Scottish Leaving Certificate Examination, 1955
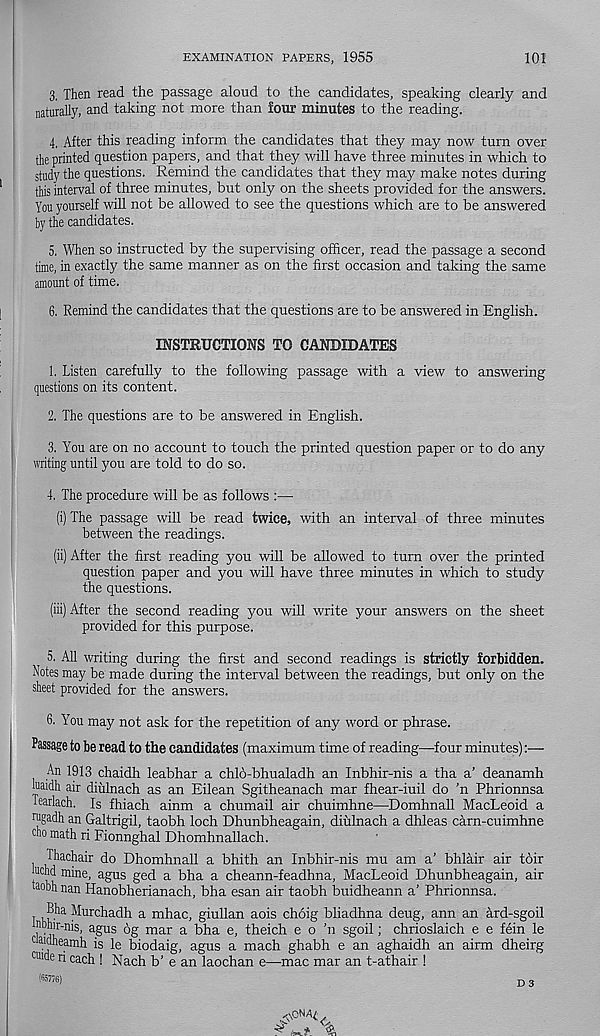
EXAMINATION PAPERS, 1955
101
3. Then read the passage aloud to the candidates, speaking clearly and
naturally, and taking not more than four minutes to the reading.
4. After this reading inform the candidates that they may now turn over
the printed question papers, and that they will have three minutes in which to
study the questions. Remind the candidates that they may make notes during
this interval of three minutes, but only on the sheets provided for the answers.
You yourself will not be allowed to see the questions which are to be answered
by the candidates.
5. When so instructed by the supervising officer, read the passage a second
time, in exactly the same manner as on the first occasion and taking the same
amount of time.
6. Remind the candidates that the questions are to be answered in English.
INSTRUCTIONS TO CANDIDATES
1. Listen carefully to the following passage with a view to answering
questions on its content.
2. The questions are to be answered in English.
3. You are on no account to touch the printed question paper or to do any
writing until you are told to do so.
4. The procedure will be as follows :—
(i) The passage will be read twice, with an interval of three minutes
between the readings.
(ii) After the first reading you will be allowed to turn over the printed
question paper and you will have three minutes in which to study
the questions.
(iii) After the second reading you will write your answers on the sheet
provided for this purpose.
5. All writing during the first and second readings is strictly forbidden.
Notes may be made during the interval between the readings, but only on the
sheet provided for the answers.
6. You may not ask for the repetition of any word or phrase.
Passage to be read to the candidates (maximum time of reading—four minutes):—
An 1913 chaidh leabhar a chlo-bhualadh an Inbhir-nis a tha a’ deanamh
luaidh air diulnach as an Eilean Sgitheanach mar fhear-iuil do 'n Phrionnsa
fearlach. Is fhiach ainm a chumail air chuimhne—Domhnall MacLeoid a
ragadh an Galtrigil, taobh loch Dhunbheagain, diulnach a dhleas carn-cuimhne
“o mat h ri Fionnghal Dhomhnallach.
Thachair do Dhomhnall a bhith an Inbhir-nis mu am a’ bhlair air toir
uchd mine, agus ged a bha a cheann-feadhna, MacLeoid Dhunbheagain, air
aobh nan Hanobherianach, bha esan air taobh buidheann a’ Phrionnsa.
T
^u rc h a dh a mhac, giullan aois choig bliadhna deug, ann an ard-sgoil
."““r-nis, agus 6g mar a bha e, theich e o ’n sgoil; chrioslaich e e fein le
TOKiheamh is le biodaig, agus a mach ghabh e an aghaidh an airm dheirg
cu >de ri each ! Nach b’ e an laochan e—mac mar an t-athair !